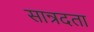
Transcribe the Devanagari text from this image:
सान्रदता